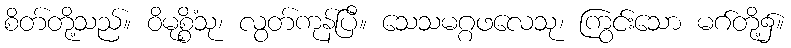
စိတ်တို့သည်။ ဝိမုစ္စိံသု၊ လွတ်ကုန်ပြီ။ သေသမဂ္ဂဖလေသု၊ ကြွင်းသော မဂ်တို့၌။